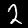
Label: 2